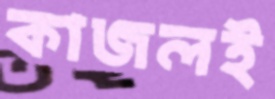
কাজলই